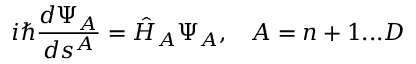
i \hbar \frac { d \Psi _ { A } } { d s ^ { A } } = \hat { \cal H } _ { A } \Psi _ { A } , \; \; \; A = n + 1 . . . D